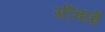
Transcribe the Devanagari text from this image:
सींचाई